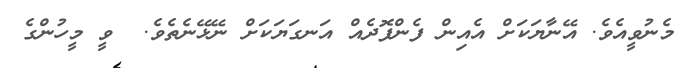
މެނުވީއެވެ. އޭނާޔަކަށް އެއިން ފެންފޮދެއް އަނގަޔަކަށް ނޭޅޭނެތެވެ.  ވީ މީހުންގެ